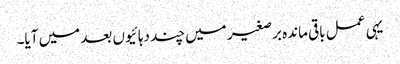
یہی عمل باقی ماندہ برصغیر میں چند دہائیوں بعد میں آیا۔